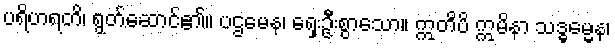
ပရိဟရတိ၊ ရွတ်ဆောင်၏။ ပဌမေန၊ ရှေးဦးစွာသော။ ဣတိပိ ဣမိနာ သဒ္ဓမ္မေန၊